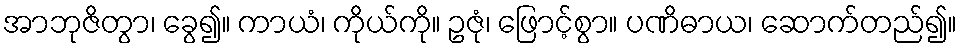
အာဘုဇိတွာ၊ ခွေ၍။ ကာယံ၊ ကိုယ်ကို။ ဥဇုံ၊ ဖြောင့်စွာ။ ပဏိဓာယ၊ ဆောက်တည်၍။